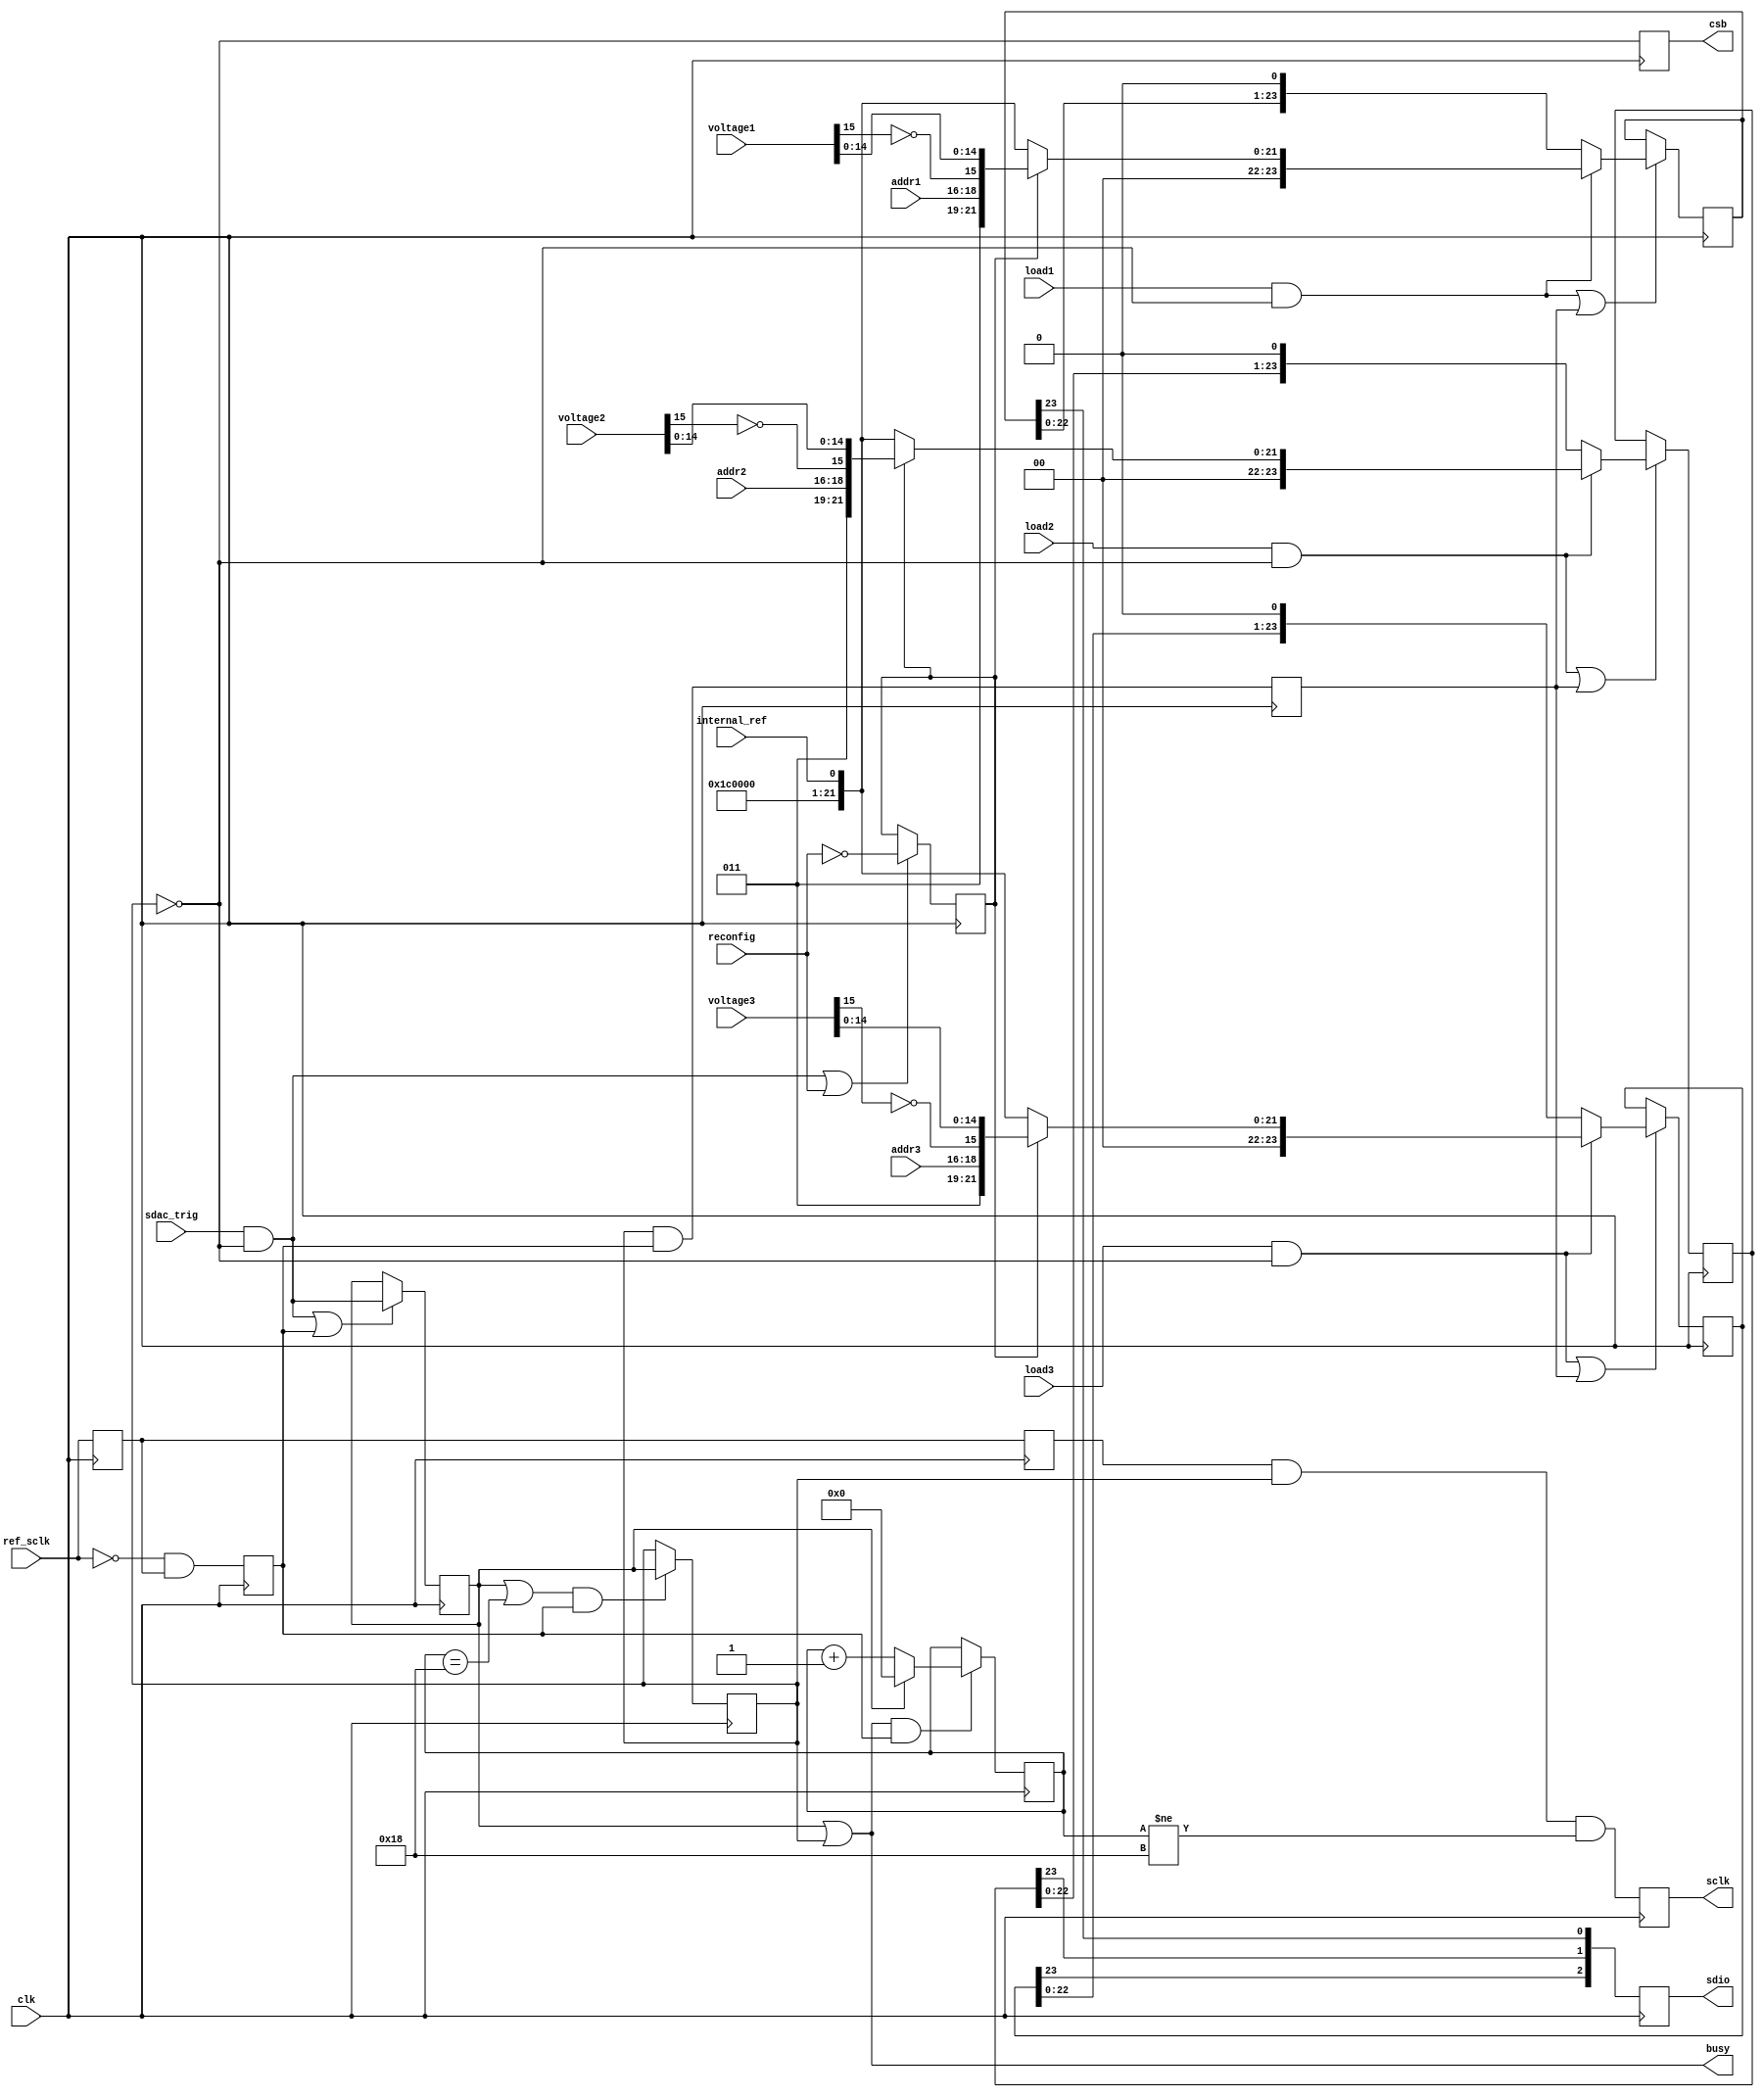
`timescale 1ns / 1ns
// Synthesizes to 79 slices at 172 MHz in XC3Sxxx-4 using XST-8.2i

module ad56x4_driver4(
	input clk,  // timespec 5.8 ns
	input ref_sclk,
	input sdac_trig,
	input reconfig,       // single cycle trigger for reconfigure operation
	input internal_ref,   // used on FPGA boot and module reconfig
	input [2:0] addr1,
	input [2:0] addr2,
	input [2:0] addr3,
	input signed [15:0] voltage1,
	input signed [15:0] voltage2,
	input signed [15:0] voltage3,
	input load1,
	input load2,
	input load3,
	output busy,
	output reg sclk,
	output reg [2:0] sdio,
	output reg csb
);

// start simple: output shift registers, one per slow DAC
// heavily cribbed from ad56x4_driver.v and acoustic_engine.v

// modified from ad56x4_driver2.v to allow slowdown; the ad56x4
// is capable of 50 MHz, but we could clock as high as 120 MHz,
// and the cables and drivers getting to this chip on the expansion
// board run out of steam at about 10 MHz.
reg [23:0] sdac1_data=0, sdac2_data=0, sdac3_data=0;
reg [4:0] sdac_cnt=0;
reg ref_sclk1=0, ref_sclk2=0, step=0, sdac_pend=0;
reg sdac_send=0, sdac_shift=0, sdac_power=0;

// addr coding from AD56x4R data sheet Table 9:
//  3'b000  DAC A
//  3'b001  DAC B
//  3'b010  DAC C
//  3'b011  DAC D
//  3'b111  All DACs

// convert voltage from signed to offset binary
wire  [4:0] write1  =  5'b00011;              // Write to and update DAC
wire [23:0] config1 = {8'b00111000, 15'b0, internal_ref};   // reference setup on command
wire [23:0] sdac1_par = sdac_power ?  {write1, addr1, ~voltage1[15], voltage1[14:0]} : config1 ;
wire [23:0] sdac2_par = sdac_power ?  {write1, addr2, ~voltage2[15], voltage2[14:0]} : config1 ;
wire [23:0] sdac3_par = sdac_power ?  {write1, addr3, ~voltage3[15], voltage3[14:0]} : config1 ;
// fully ignore triggers and load commands that come in while we're running
wire start = sdac_trig & ~sdac_send;
wire load1v = load1 & ~sdac_send;
wire load2v = load2 & ~sdac_send;
wire load3v = load3 & ~sdac_send;
assign busy = sdac_pend | sdac_send;

always @(posedge clk) begin
	ref_sclk1 <= ref_sclk;
	ref_sclk2 <= ref_sclk1;
	step <= ~ref_sclk & ref_sclk1;
	if (start | step) sdac_pend <= start;
	if (start | reconfig) sdac_power <= ~reconfig;
	if ((sdac_pend | (sdac_cnt == 24)) & step) sdac_send <= sdac_pend;
	if ((sdac_pend |  sdac_send ) & step) sdac_cnt <= sdac_pend ? 0 : sdac_cnt+1;
	sdac_shift <= sdac_send & step;
	if (load1v | sdac_shift) sdac1_data <= load1v ? sdac1_par : {sdac1_data[22:0],1'b0};
	if (load2v | sdac_shift) sdac2_data <= load2v ? sdac2_par : {sdac2_data[22:0],1'b0};
	if (load3v | sdac_shift) sdac3_data <= load3v ? sdac3_par : {sdac3_data[22:0],1'b0};
	sclk <= ref_sclk2 & sdac_send & (sdac_cnt != 24);
	sdio <= {sdac3_data[23], sdac2_data[23], sdac1_data[23]};
	csb  <= ~sdac_send;
end

endmodule